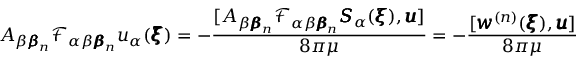
A _ { \beta { \pmb \beta } _ { n } } \mathcal { F } _ { \alpha \beta { \pmb \beta } _ { n } } u _ { \alpha } ( { \pmb \xi } ) = - \frac { [ A _ { \beta { \pmb \beta } _ { n } } \mathcal { F } _ { \alpha \beta { \pmb \beta } _ { n } } { \pmb S } _ { \alpha } ( { \pmb \xi } ) , { \pmb u } ] } { 8 \pi \mu } = - \frac { [ { \pmb w } ^ { ( n ) } ( { \pmb \xi } ) , { \pmb u } ] } { 8 \pi \mu }